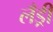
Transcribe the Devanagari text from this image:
लँड्री